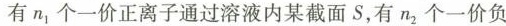
有n1个一价正离子通过溶液内某截面S，有n2个一价负